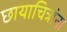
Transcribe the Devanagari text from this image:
छायाचित्रांना